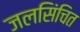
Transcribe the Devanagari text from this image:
जलसिंचित